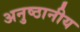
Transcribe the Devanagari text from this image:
अनुष्ठानीय